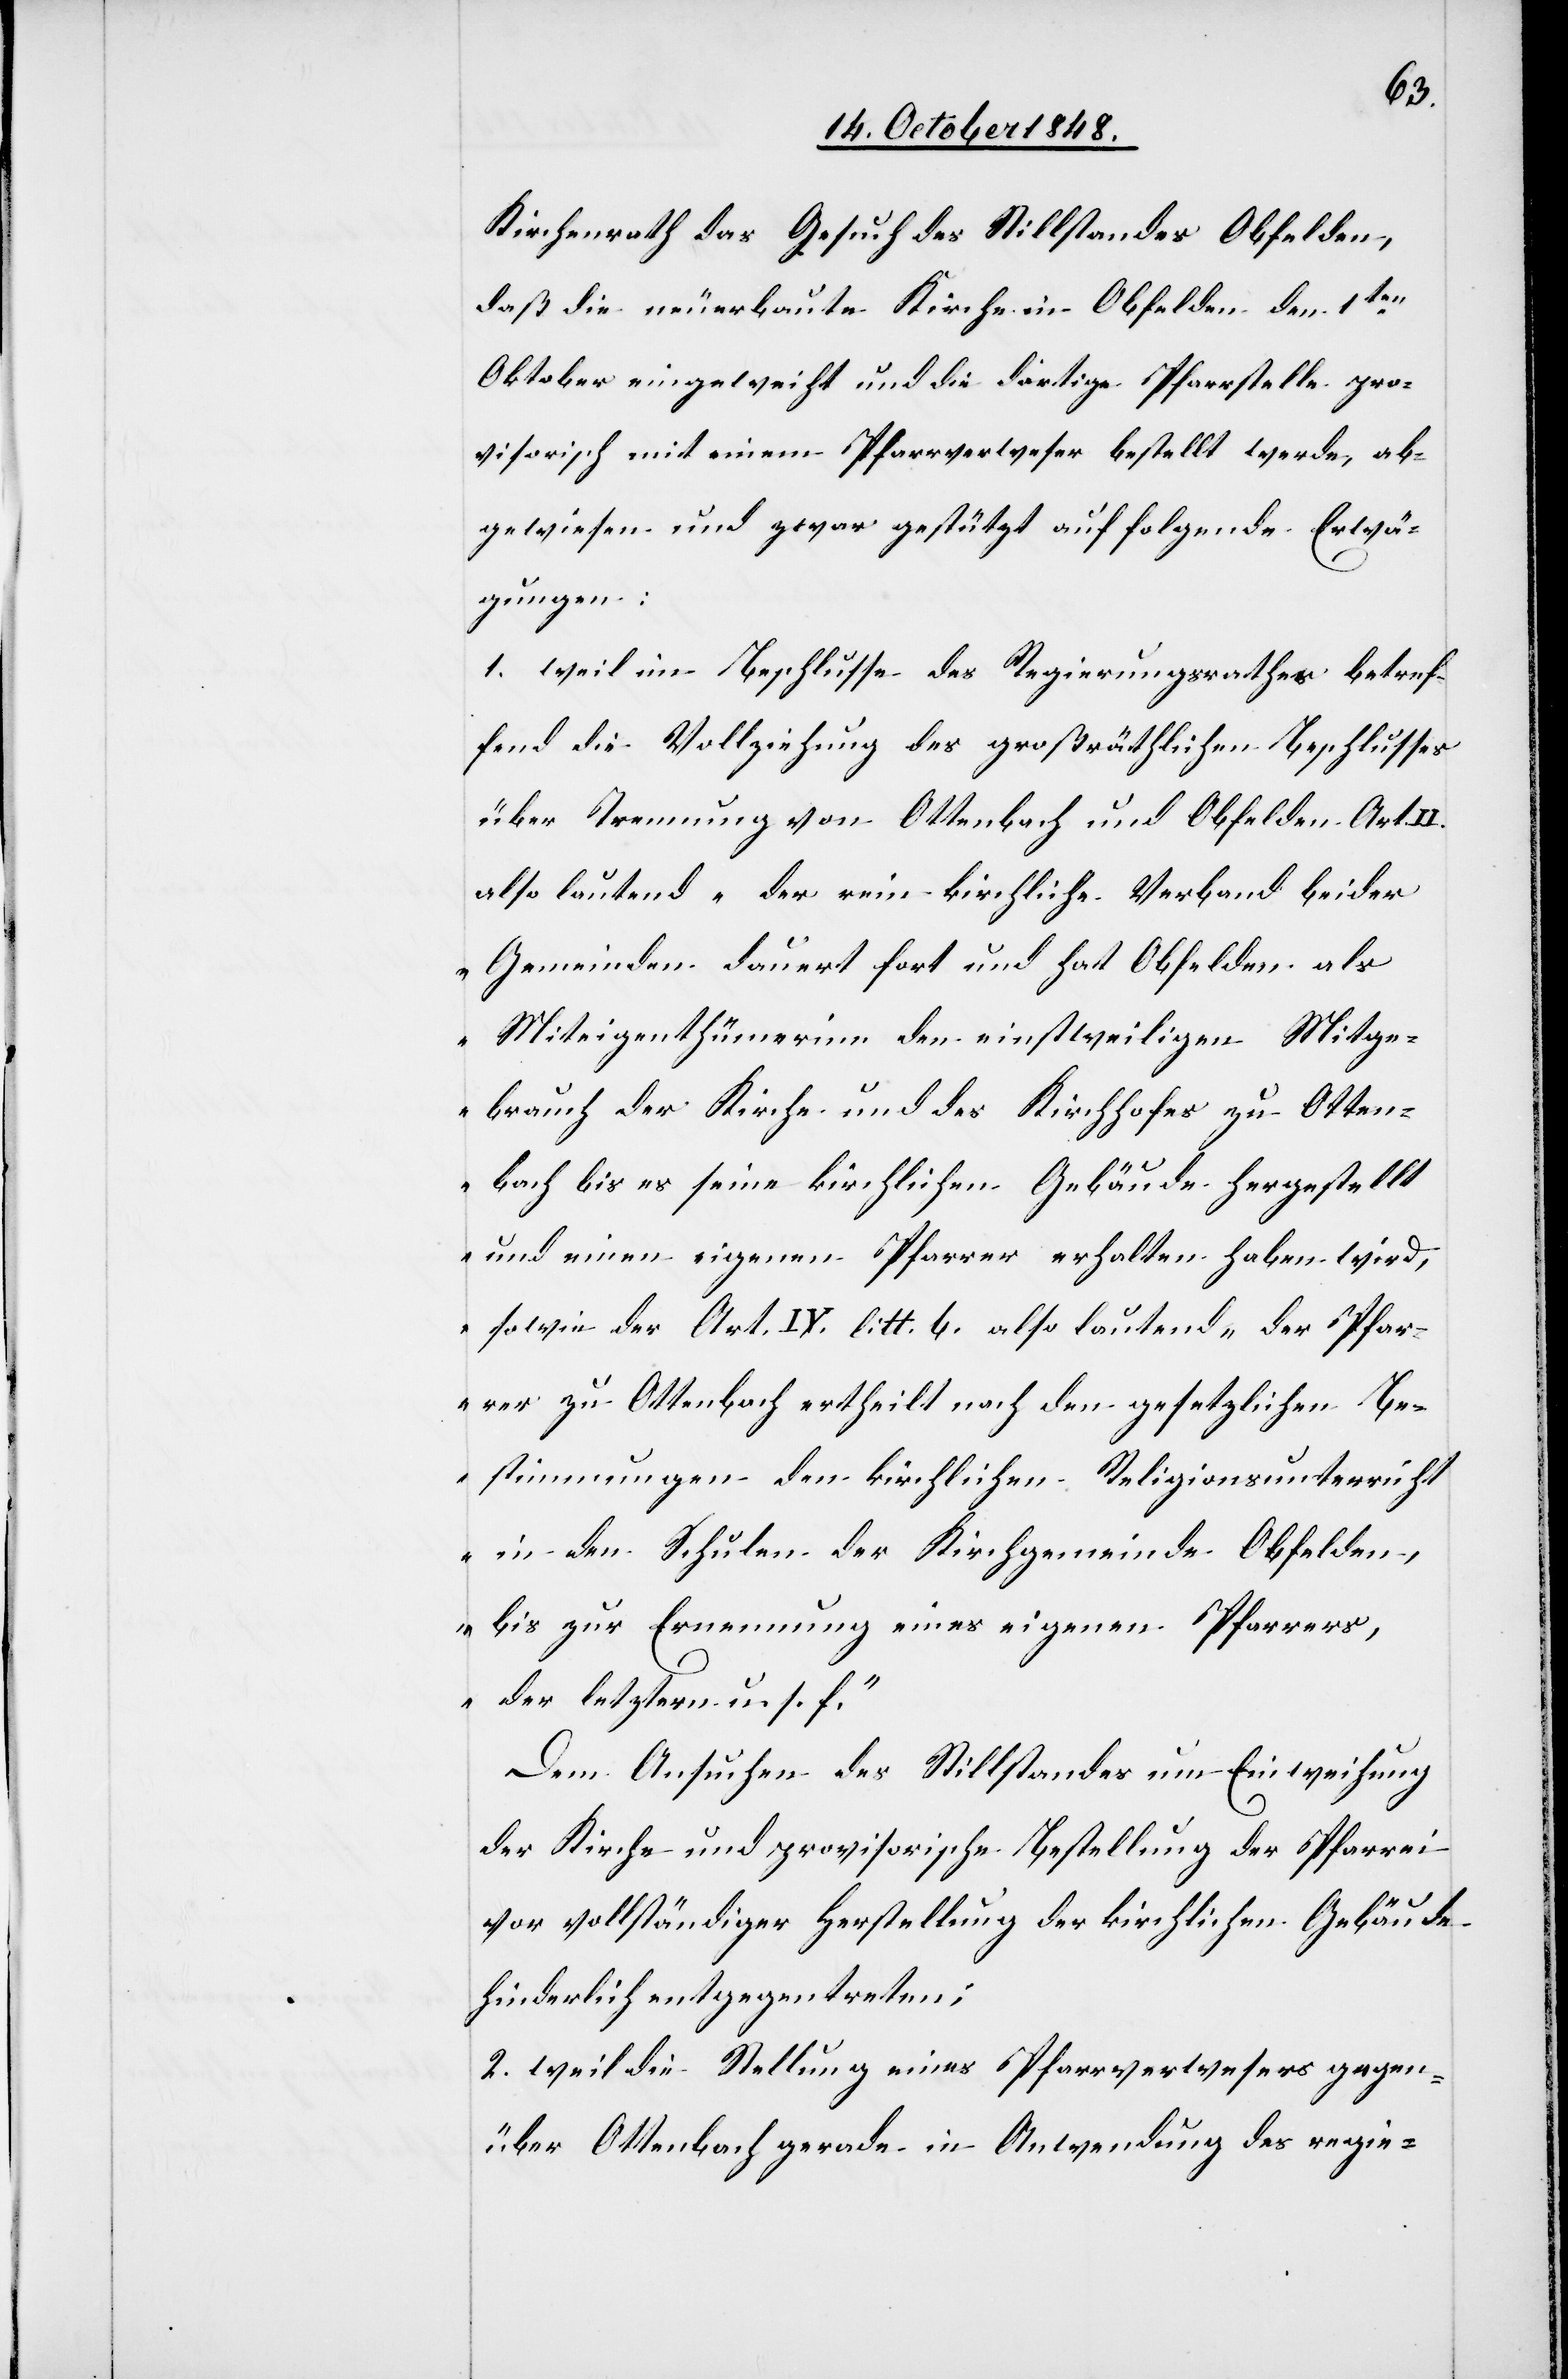
Kirchenrath das Gesuch des Stillstandes Obfelden,
daß die neuerbaute Kirche in Obfelden den 1ten
Oktober eingeweiht und die dortige Pfarrstelle pro¬
visorisch mit einem Pfarrverweser bestellt werde, ab¬
gewiesen und zwar gestützt auf folgende Erwä¬
gungen:
1. weil im Beschlusse des Regierungsrathes betref¬
fend die Vollziehung des großrätlichen Beschlusses
über Trennung von Ottenbach und Obfelden Art. II.
also lautend „der rein kirchliche Verband beider
Gemeinden dauert fort und hat Obfelden als
Miteigenthümerinn den einstweiligen Mitge¬
brauch der Kirche und des Kirchhofes zu Otten¬
bach bis es seine kirchlichen Gebäude hergestellt
und einen eigenen Pfarrer erhalten haben wird[“],
sowie der Art. IV. litt. b. also lautend, „der Pfar¬
rer zu Ottenbach ertheilt nach den gesetzlichen Be¬
stimmungen den kirchlichen Religionsunterricht
in den Schulen der Kirchgemeinde Obfelden,
bis zur Ernennung eines eigenen Pfarrers,
der letztern u. s. f.“
Dem Ansuchen des Stillstandes um Einweihung
der Kirche und provisorische Bestellung der Pfarrei
vor vollständiger Herstellung der kirchlichen Gebäude
hinderlich entgegentreten;
2. weil die Stellung eines Pfarrverwesers gegen¬
über Ottenbach gerade in Anwendung des regie-